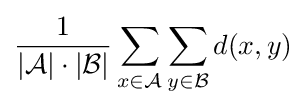
{1 \over {|{\mathcal {A}}|\cdot |{\mathcal {B}}|}}\sum _{x\in {\mathcal {A}}}\sum _{y\in {\mathcal {B}}}d(x,y)